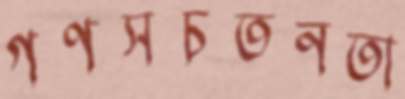
গণসচতনতা